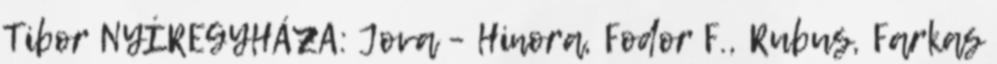
Tibor NYÍREGYHÁZA: Jova – Hinora, Fodor F., Rubus, Farkas